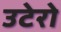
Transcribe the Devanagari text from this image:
उटेरो